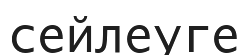
сейлеуге